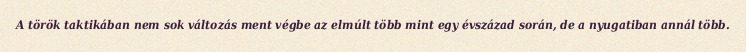
A török taktikában nem sok változás ment végbe az elmúlt több mint egy évszázad során, de a nyugatiban annál több.